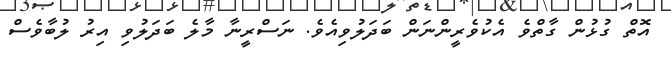
އޮތް ގުޅުން ގާތްވެ އެކުވެރީންނަން ބަދަލުވިއެވެ. ނަސްރީނާ މާލެ ބަދަލުވި އިރު ލުބާވެސް